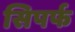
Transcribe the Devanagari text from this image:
सिपर्फ